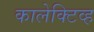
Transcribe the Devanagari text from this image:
कालेक्टिव्ह